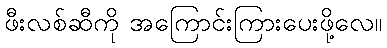
ဖီးလစ်ဆီကို အကြောင်းကြားပေးဖို့လေ။